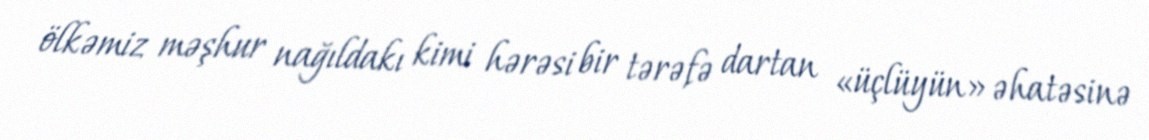
ölkəmiz məşhur nağıldakı kimi hərəsi bir tərəfə dartan «üçlüyün» əhatəsinə